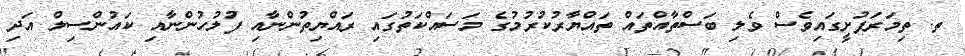
ތ. ތިމަރަފުށީގައިވެސް ވެލި ބަސްތާއްތައް ތައްޔާރުކުރުމުގެ މަސައްކަތުގައި ރައްޔިތުންނާއި ފުލުހުންނާއި ކައުންސިލް އަދި